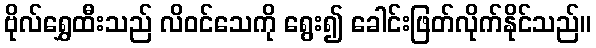
ဗိုလ်ရွှေထီးသည် လိဝင်သေကို ရွေး၍ ခေါင်းဖြတ်လိုက်နိုင်သည်။